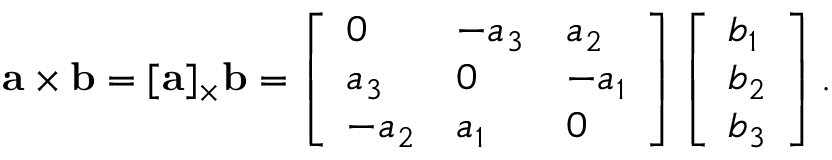
\mathbf { a } \times \mathbf { b } = [ \mathbf { a } ] _ { \times } \mathbf { b } = \left[ \begin{array} { l l l } { 0 } & { - a _ { 3 } } & { a _ { 2 } } \\ { a _ { 3 } } & { 0 } & { - a _ { 1 } } \\ { - a _ { 2 } } & { a _ { 1 } } & { 0 } \end{array} \right] \left[ \begin{array} { l } { b _ { 1 } } \\ { b _ { 2 } } \\ { b _ { 3 } } \end{array} \right] .